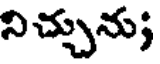
నిచ్చును;